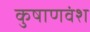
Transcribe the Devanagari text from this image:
कुषाणवंश